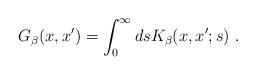
LaTeX: \begin{align*}G_\beta(x,x')=\int_0^\infty ds K_\beta(x,x';s) \ .\end{align*}